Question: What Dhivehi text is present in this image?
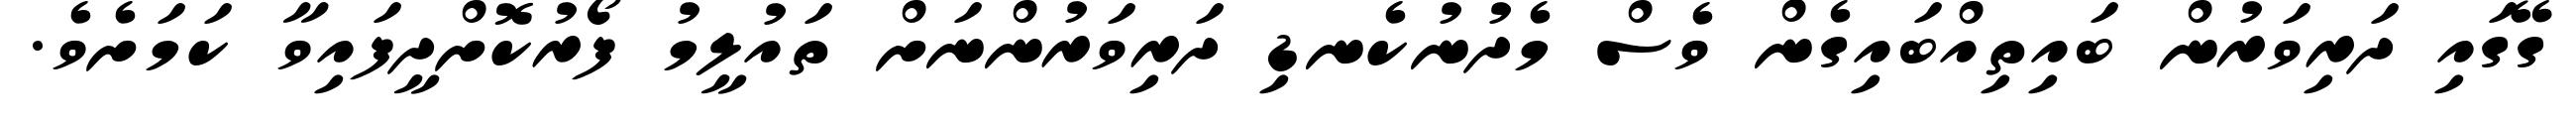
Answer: ގޭގައި ދަރިވަރުން ބައިތިއްބައިގެން ވެސް މެދުނުކެނޑި ދަރިވަރުންނަށް ތައުލީމު ފޯރުކޮށްދީފައިވާ ކަމަށެވެ.